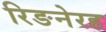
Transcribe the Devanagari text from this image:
रिङनेरह